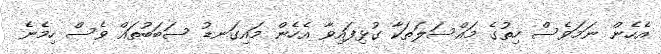
އެހެން ނަމަވެސް ހިތުގެ މައްސަލަތަކާ ގުޅިފައިވާ އެހެން މައިގަނޑު ސަބަބުތައް ވެސް ހިމެނެ